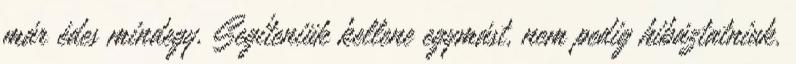
már édes mindegy. Segíteniük kellene egymást, nem pedig hibáztatniuk.